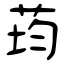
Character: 荺